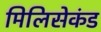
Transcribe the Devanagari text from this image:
मिलिसेकंड